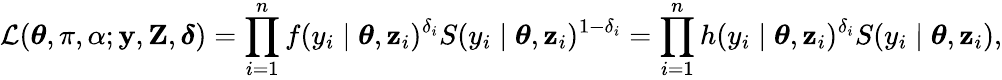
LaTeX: \mathcal{L}(\boldsymbol{\theta},\pi,\alpha;\mathbf{y},\mathbf{Z},\boldsymbol{\delta})=\prod_{i=1}^{n}f(y_{i}\mid\boldsymbol{\theta},\mathbf{z}_{i})^{\delta_{i}}S(y_{i}\mid\boldsymbol{\theta},\mathbf{z}_{i})^{1-\delta_{i}}=\prod_{i=1}^{n}h(y_{i}\mid\boldsymbol{\theta},\mathbf{z}_{i})^{\delta_{i}}S(y_{i}\mid\boldsymbol{\theta},\mathbf{z}_{i}),